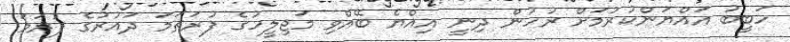
ހަބީބު އައްޔަންކުރުމަށް ރުހުން ދިނީ އިއްޔެ ބޭއްވި މަޖިލީހުގެ ފުރަތަމަ ދައުރުގެ ފުރަމަ